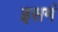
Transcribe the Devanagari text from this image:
इसमं